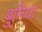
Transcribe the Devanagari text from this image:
बुनिया